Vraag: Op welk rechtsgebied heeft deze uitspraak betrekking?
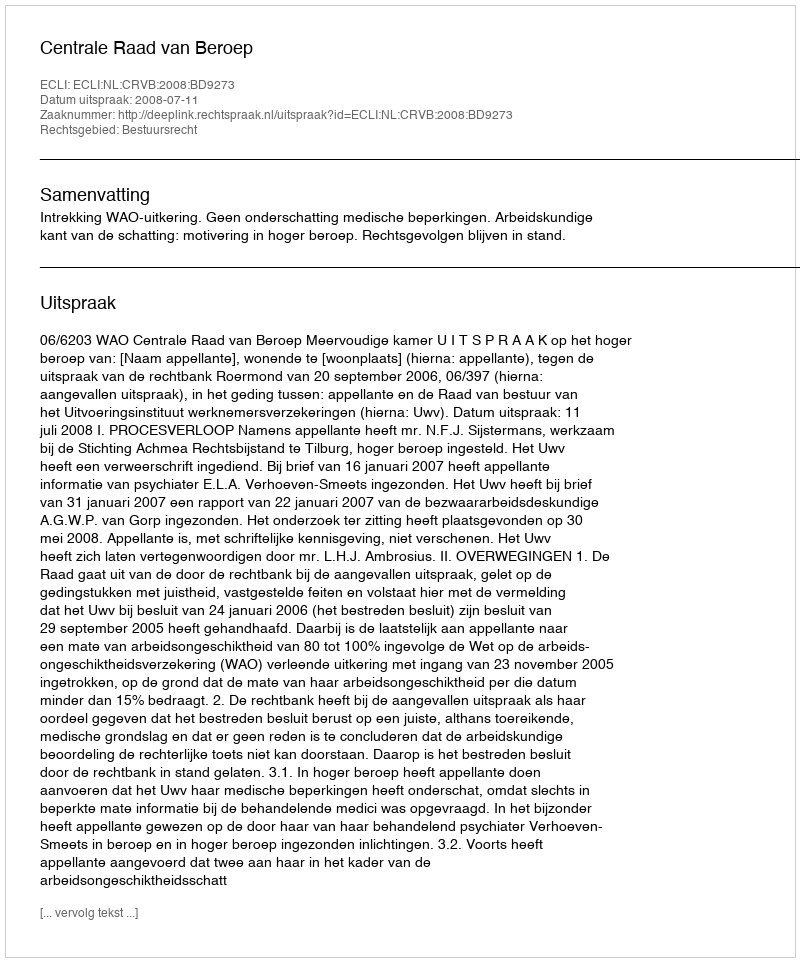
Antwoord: Bestuursrecht